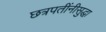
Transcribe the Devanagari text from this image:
छत्रपतींनीसुद्धा